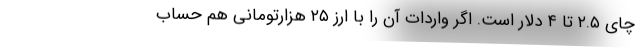
چای ۲.۵ تا ۴ دلار است. اگر واردات آن را با ارز ۲۵ هزارتومانی هم حساب